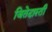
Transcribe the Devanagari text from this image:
जितेदास्ती